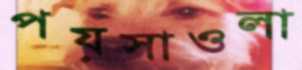
পয়সাওলা